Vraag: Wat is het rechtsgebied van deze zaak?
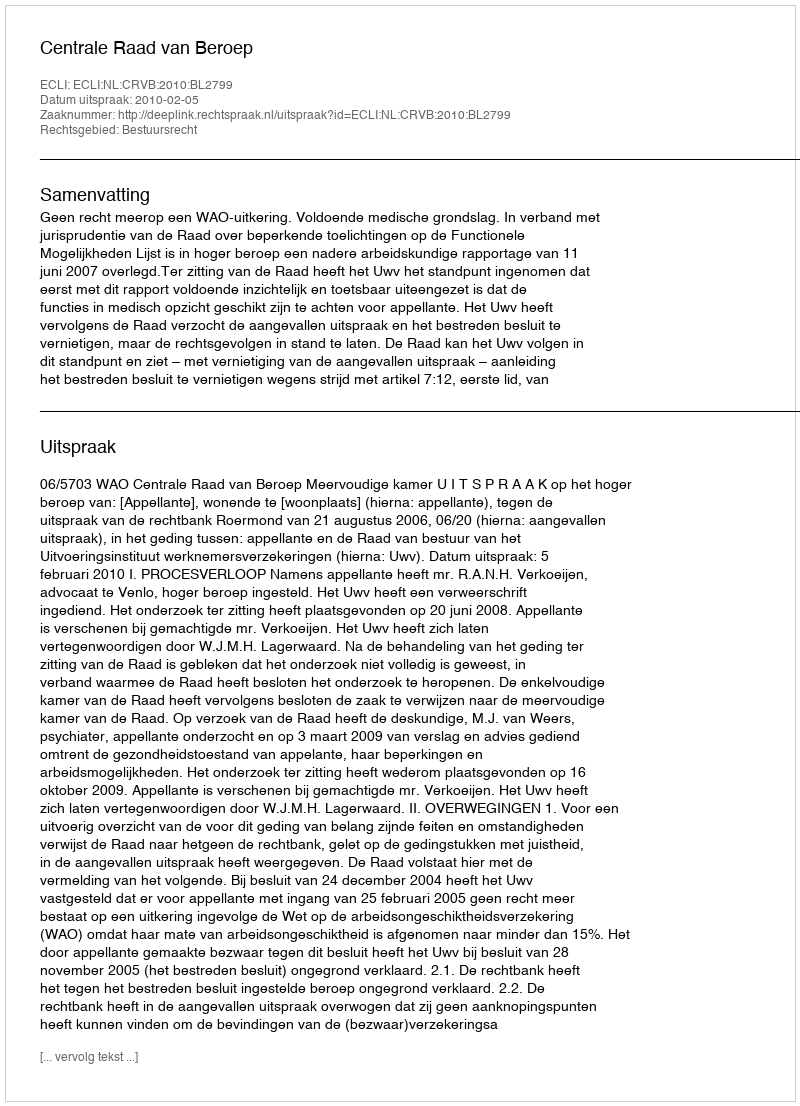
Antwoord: Bestuursrecht